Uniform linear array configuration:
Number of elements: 16
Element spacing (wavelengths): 0.25
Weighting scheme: blackman
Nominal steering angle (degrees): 45
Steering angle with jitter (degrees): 46.107
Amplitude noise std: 0.05
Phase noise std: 0.05

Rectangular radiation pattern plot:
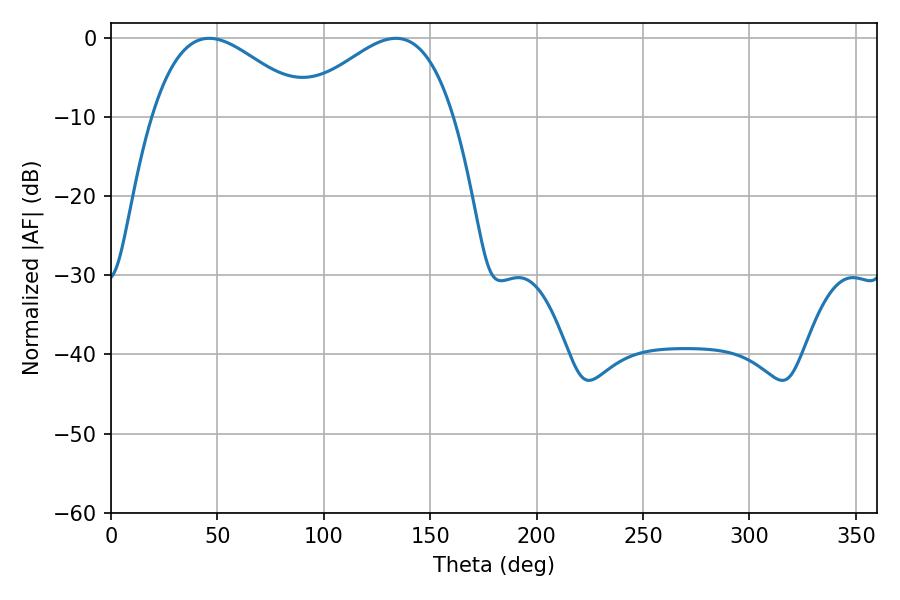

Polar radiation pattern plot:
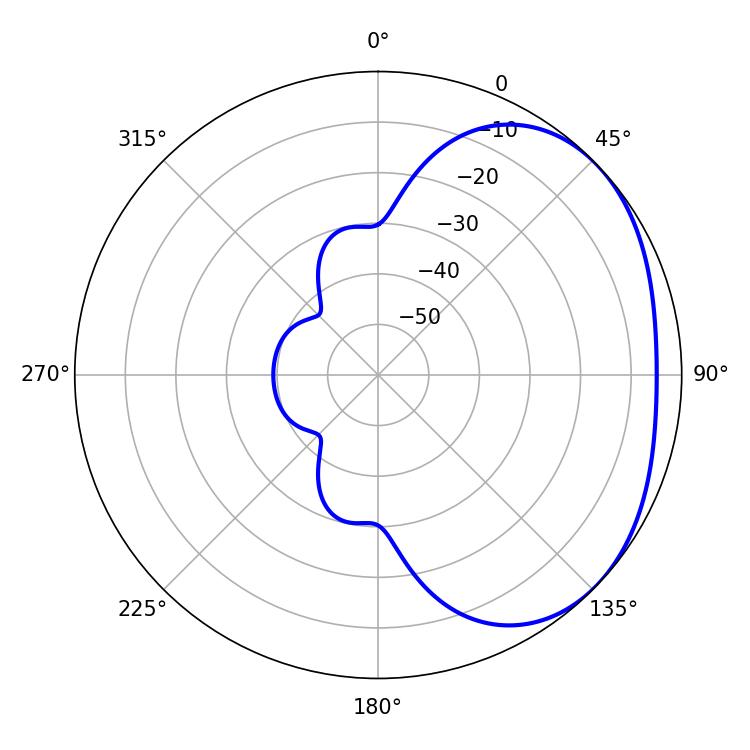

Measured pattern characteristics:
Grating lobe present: FALSE
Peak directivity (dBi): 2.451
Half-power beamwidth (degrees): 39.96
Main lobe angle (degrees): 46.08